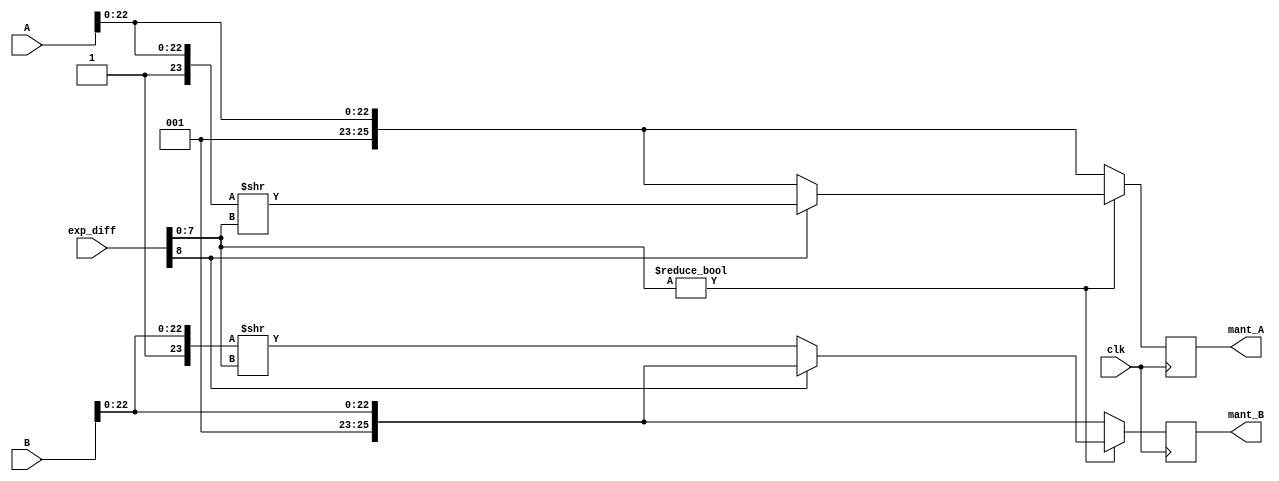
`timescale 1ns / 1ps
//////////////////////////////////////////////////////////////////////////////////
// Company: 
// Engineer: 
// 
// Design Name: 
// Module Name:    Mantissa_Shift 
// Project Name: 
// Target Devices: 
// Tool versions: 
// Description: 
//
// Dependencies: 
//
// Revision: 
// Revision 0.01 - File Created
// Additional Comments: 
//
//////////////////////////////////////////////////////////////////////////////////
module Mantissa_Shift(
	input wire clk,
	input wire [31:0] A,
	input wire [31:0] B,
	input wire [8:0] exp_diff,
	output reg [25:0] mant_A,
	output reg [25:0] mant_B
    );
	 reg [25:0]amant;
	 reg [25:0]bmant;
		
	always@(posedge clk)begin
		amant[22:0]=A[22:0];
		bmant[22:0]=B[22:0];
		amant[23]=1;
		bmant[23]=1;
		amant[25:24]=2'b00;
		bmant[25:24]=2'b00;
		if(exp_diff[7:0]!=0) begin
			if(exp_diff[8]) begin
				amant=amant>>exp_diff[7:0];
			end
			else begin
				bmant=bmant>>exp_diff[7:0];
			end
		end
		mant_A=amant;
		mant_B=bmant;
	end

endmodule